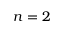
n = 2